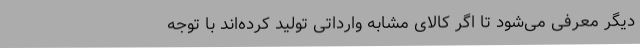
دیگر معرفی می‌شود تا اگر کالای مشابه وارداتی تولید کرده‌اند با توجه